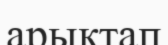
арықтап